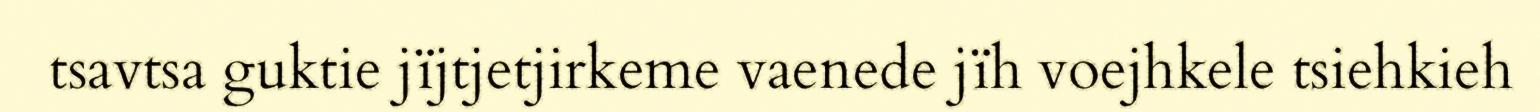
tsavtsa guktie jïjtjetjirkeme vaenede jïh voejhkele tsiehkieh